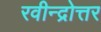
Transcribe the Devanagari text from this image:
रवीन्द्रोत्तर